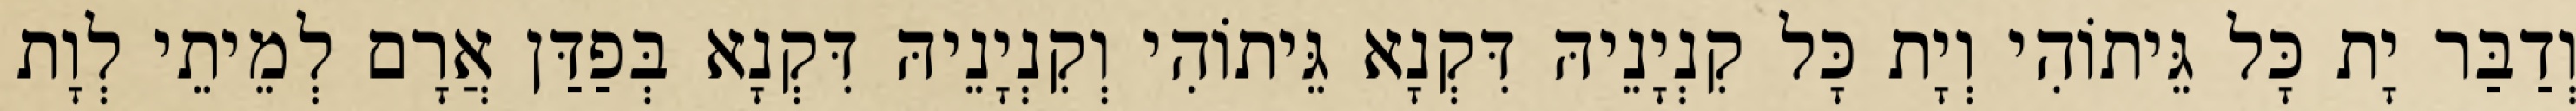
וְדַבַּר יָת כָּל גֵּיתוֹהִי וְיָת כָּל קִנְיָנֵיהּ דִּקְנָא גֵּיתוֹהִי וְקִנְיָנֵיהּ דִּקְנָא בְּפַדַּן אֲרָם לְמֵיתֵי לְוָת